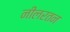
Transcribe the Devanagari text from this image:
नीलरतन